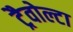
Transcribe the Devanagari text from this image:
ट्रैवोल्टा